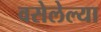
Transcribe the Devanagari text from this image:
वसेलेल्या